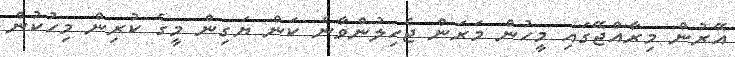
އޭރުން މިރާއްޖޭގައި މީހުން މަރަން ޖެހިލުންވާނެ ކަން ޔަގިން މީގެ ކުރިން މިހުކުން